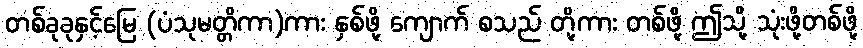
တစ်ခုခုနှင့်မြေ (ပံသုမတ္တိကာ)ကား နှစ်ဖို့ ကျောက် စသည် တို့ကား တစ်ဖို့ ဤသို့ သုံးဖို့တစ်ဖို့